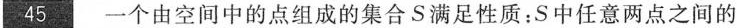
45.一个由空间中的点组成的集合S满足性质：S中任意两点之间的